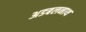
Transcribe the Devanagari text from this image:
अडबलनाथ